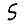
Digit: 5